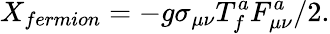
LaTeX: X_{fermion}=-g\sigma_{\mu\nu}T_{f}^{a}F_{\mu\nu}^{a}/2.